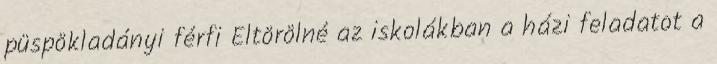
püspökladányi férfi Eltörölné az iskolákban a házi feladatot a